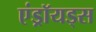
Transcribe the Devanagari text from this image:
एंड्रॉयड्स